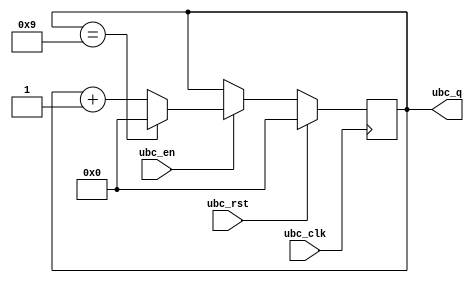
`timescale 1ns / 1ps
//////////////////////////////////////////////////////////////////////////////////
// Company: 
// Engineer: 
// 
// Design Name: 
// Module Name: ubc
// Project Name: 
// Target Devices: 
// Tool Versions: 
// Description: 
// 
// Dependencies: 
// 
// Revision:
// Revision 0.01 - File Created
// Additional Comments:
// 
//////////////////////////////////////////////////////////////////////////////////


module ubc(
    input ubc_clk,                              // Clock for ubc
    input ubc_rst,                              // Reset for ubc
    input ubc_en,                               // En for ubc
    output [3:0] ubc_q                          // Output for ssd
    );
    
    reg [3:0] ubc_temp;
       
    initial
        begin
            ubc_temp <= 0;
        end
    always@(posedge ubc_clk)
        begin:ubc_OP
              if(ubc_rst) 
                ubc_temp =0;
                
              else
                begin:EN_ACTIVE
                    if(ubc_en) begin
                        if(ubc_temp==9)ubc_temp <=0; // if its equal to 0 
                        else
                        ubc_temp <= ubc_temp+1;
                    end
                      
                        
                end
        end
        assign ubc_q = ubc_temp;
        
endmodule